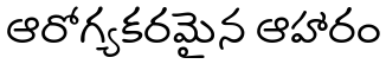
ఆరోగ్యకరమైన ఆహారం